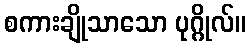
စကားချိုသာသော ပုဂ္ဂိုလ်။